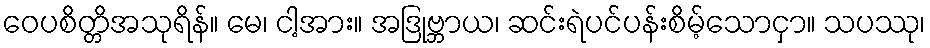
ဝေပစိတ္တိအသုရိန်။ မေ၊ ငါ့အား။ အဒြုဗ္ဘာယ၊ ဆင်းရဲပင်ပန်းစိမ့်သောငှာ။ သပဿု၊